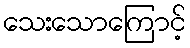
သေးသောကြောင့်